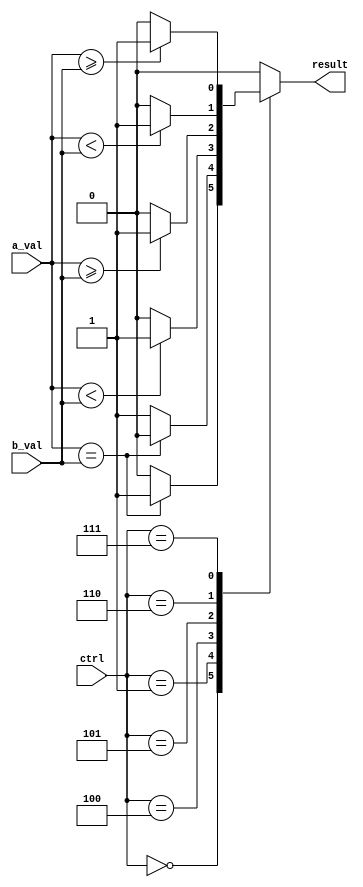
`timescale 1ns / 1ps
//////////////////////////////////////////////////////////////////////////////////
// Company: 
// Engineer: 
// 
// Design Name: 
// Module Name: Comperator
// Project Name: 
// Target Devices: 
// Tool Versions: 
// Description: 
// 
// Dependencies: 
// 
// Revision:
// Revision 0.01 - File Created
// Additional Comments:
// 
//////////////////////////////////////////////////////////////////////////////////
module Comperator(
    input [31:0] a_val,
    input [31:0] b_val,
    input [2:0] ctrl,
    output reg result
    );
    always @(a_val or b_val or ctrl) begin
        case(ctrl)
            3'd0: result = (a_val == b_val) ? 1 : 0;
            3'd1: result = (a_val == b_val) ? 0 : 1; 
            3'd4: result = ($signed(a_val) < $signed(b_val)) ? 1 : 0;
            3'd5: result = ($signed(a_val) >= $signed(b_val) ) ? 1 : 0;
            3'd6: result = (a_val < b_val) ? 1 : 0;
            3'd7: result = (a_val >= b_val) ? 1 : 0;
            default: result = 0;
        endcase
     end
endmodule